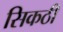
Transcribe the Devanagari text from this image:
सिकठी